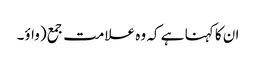
ان کا کہنا ہے کہ وہ علامت جمع (واؤ۔